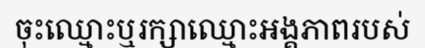
ចុះឈ្មោះឬរក្សាឈ្មោះអង្គភាពរបស់